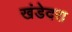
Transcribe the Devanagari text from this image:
खंडेदरा